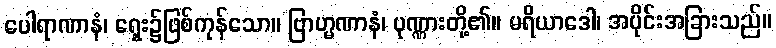
ပေါရာဏာနံ၊ ရှေး၌ဖြစ်ကုန်သော။ ဗြာဟ္မဏာနံ၊ ပုဏ္ဏားတို့၏။ မရိယာဒေါ၊ အပိုင်းအခြားသည်။